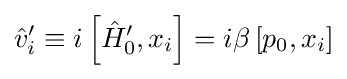
{\hat {v}}_{i}'\equiv i\left[{\hat {H}}'_{0},x_{i}\right]=i\beta \left[p_{0},x_{i}\right]